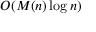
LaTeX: O ( M ( n ) \log n )